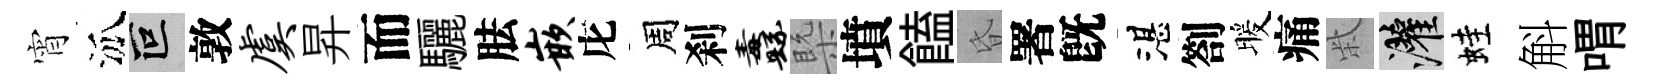
宵泒叵敦虞昇而驪胠嵌庀周刹纛槩墳饁昏署旣湛劄暖痛柴灌蛙斛喟